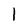
Character: I